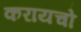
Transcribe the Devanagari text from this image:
करायचो